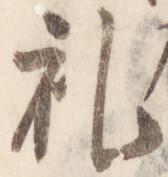
礼